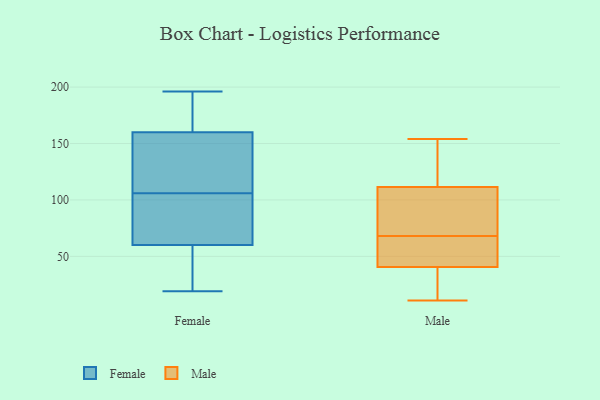
{"axis": {"x": "Conversion Rate (%)", "y": "Value"}, "legend": ["Female", "Male"], "data": [{"x": "", "y": 94, "type": "Female"}, {"x": "", "y": 118, "type": "Female"}, {"x": "", "y": 160, "type": "Female"}, {"x": "", "y": 182, "type": "Female"}, {"x": "", "y": 184, "type": "Female"}, {"x": "", "y": 122, "type": "Female"}, {"x": "", "y": 75, "type": "Female"}, {"x": "", "y": 42, "type": "Female"}, {"x": "", "y": 60, "type": "Female"}, {"x": "", "y": 120, "type": "Female"}, {"x": "", "y": 19, "type": "Female"}, {"x": "", "y": 196, "type": "Female"}, {"x": "", "y": 92, "type": "Female"}, {"x": "", "y": 30, "type": "Female"}, {"x": "", "y": 41, "type": "Male"}, {"x": "", "y": 76, "type": "Male"}, {"x": "", "y": 134, "type": "Male"}, {"x": "", "y": 60, "type": "Male"}, {"x": "", "y": 40, "type": "Male"}, {"x": "", "y": 147, "type": "Male"}, {"x": "", "y": 11, "type": "Male"}, {"x": "", "y": 29, "type": "Male"}, {"x": "", "y": 89, "type": "Male"}, {"x": "", "y": 51, "type": "Male"}, {"x": "", "y": 77, "type": "Male"}, {"x": "", "y": 154, "type": "Male"}]}